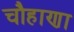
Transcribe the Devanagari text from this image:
चौहाणा